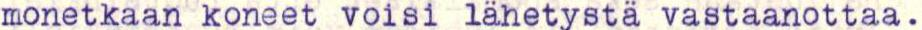
monetkaan koneet voisi lähetystä vastaanottaa.